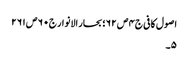
اصول کافی ج٤ ص ٦٢؛ بحار الانوار ج٠ ٦ ص ٢٦١
٥۔